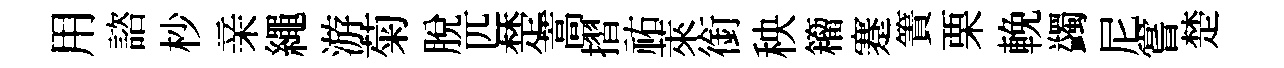
用諮杪亲繩游菊脫匹楚蒿摺祐萊銜秧籕蹇簀栗輓蠲尼嘗楚